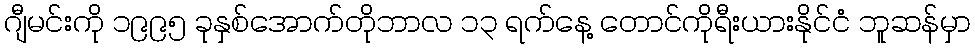
ဂျီမင်းကို ၁၉၉၅ ခုနှစ်အောက်တိုဘာလ ၁၃ ရက်နေ့ တောင်ကိုရီးယားနိုင်ငံ ဘူဆန်မှာ